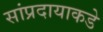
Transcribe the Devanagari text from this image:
सांप्रदायाकडे